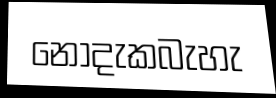
නොදැකබැහැ